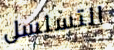
التسلسل